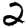
Digit: 2